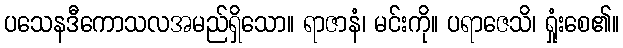
ပသေနဒီကောသလအမည်ရှိသော။ ရာဇာနံ၊ မင်းကို။ ပရာဇေသိ၊ ရှုံးစေ၏။